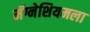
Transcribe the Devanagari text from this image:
मॅग्नेशियमला